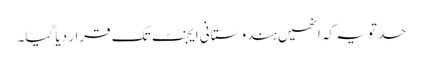
حدتویہ کہ انھیں ہندوستانی ایجنٹ تک قرار دیا گیا۔